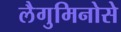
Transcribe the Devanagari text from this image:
लैगुमिनोसे